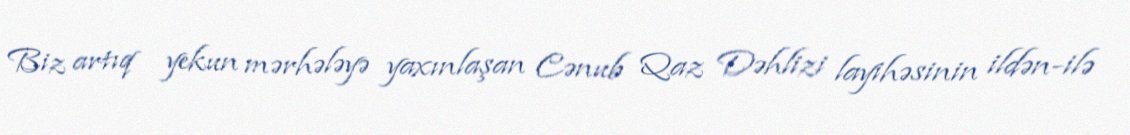
Biz artıq yekun mərhələyə yaxınlaşan Cənub Qaz Dəhlizi layihəsinin ildən-ilə